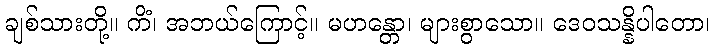
ချစ်သားတို့။ ကိံ၊ အဘယ်ကြောင့်။ မဟန္တော၊ များစွာသော။ ဒေဝသန္နိပါတော၊